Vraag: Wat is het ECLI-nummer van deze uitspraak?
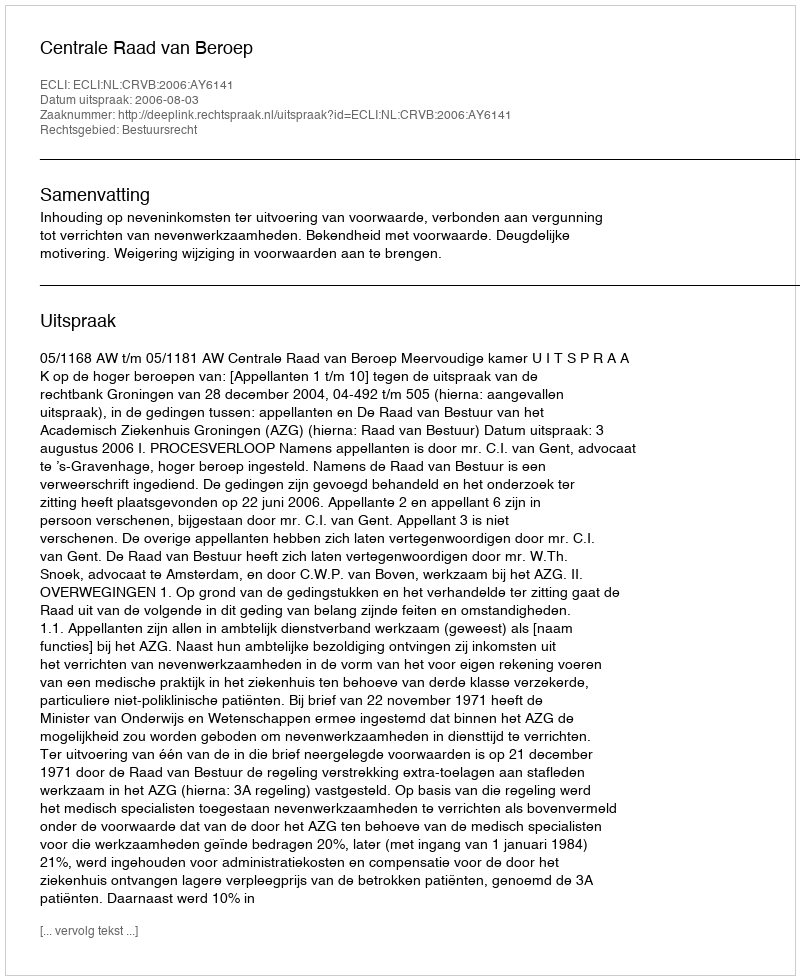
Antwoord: ECLI:NL:CRVB:2006:AY6141